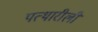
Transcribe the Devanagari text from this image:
पत्थारीली